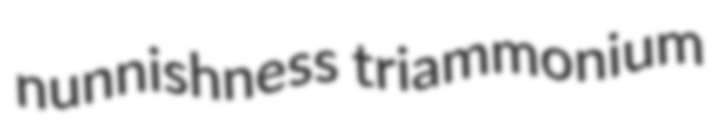
nunnishness triammonium